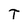
Character: T